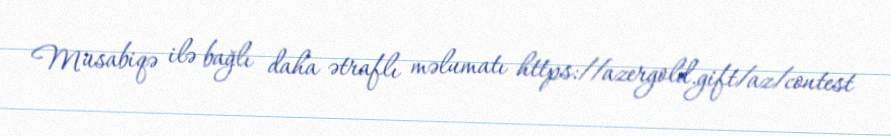
Müsabiqə ilə bağlı daha ətraflı məlumatı https://azergold.gift/az/contest